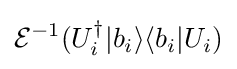
{\mathcal {E}}^{-1}(U_{i}^{\dagger }|b_{i}\rangle \langle b_{i}|U_{i})